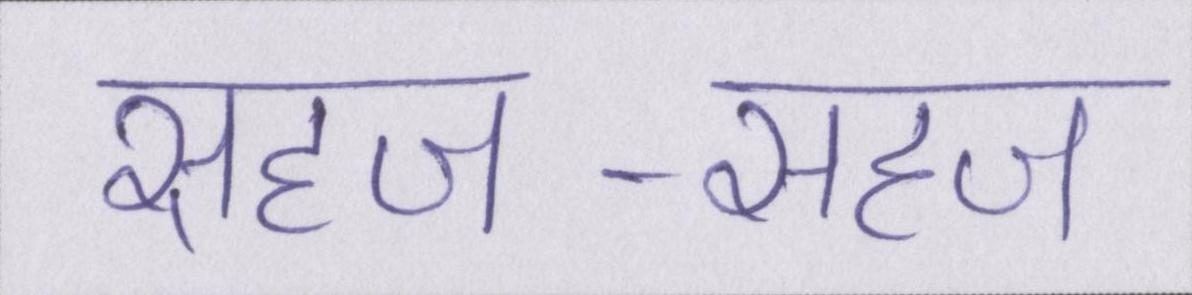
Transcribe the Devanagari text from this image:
सहज-सहज